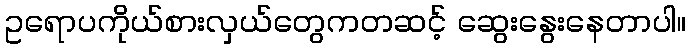
ဥရောပကိုယ်စားလှယ်တွေကတဆင့် ဆွေးနွေးနေတာပါ။